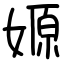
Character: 嫄